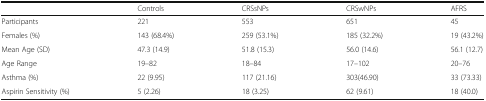
<table><thead><tr><td></td><td><b>Controls</b></td><td><b>CRSsNPs</b></td><td><b>CRSwNPs</b></td><td><b>AFRS</b></td></tr></thead><tbody><tr><td>Participants</td><td>221</td><td>553</td><td>651</td><td>45</td></tr><tr><td>Females (%)</td><td>143 (68.4%)</td><td>259 (53.1%)</td><td>185 (32.2%)</td><td>19 (43.2%)</td></tr><tr><td>Mean Age (SD)</td><td>47.3 (14.9)</td><td>51.8 (15.3)</td><td>56.0 (14.6)</td><td>56.1 (12.7)</td></tr><tr><td>Age Range</td><td>19–82</td><td>18–84</td><td>17–102</td><td>20–76</td></tr><tr><td>Asthma (%)</td><td>22 (9.95)</td><td>117 (21.16)</td><td>303(46.90)</td><td>33 (73.33)</td></tr><tr><td>Aspirin Sensitivity (%)</td><td>5 (2.26)</td><td>18 (3.25)</td><td>62 (9.61)</td><td>18 (40.0)</td></tr></tbody></table>